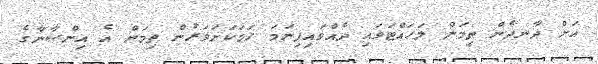
އަށް ދާނދެން ތިމަން ލަހައްޓަވައި ދެއްވައިފިނަމަ ހަމަކަށަވަރުން ތިމަން އެ އިންސާނާގެ